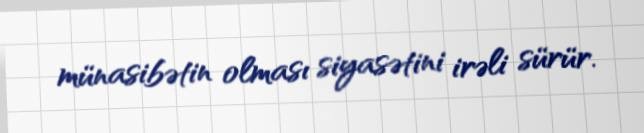
münasibətin olması siyasətini irəli sürür.